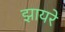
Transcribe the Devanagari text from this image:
झायरे